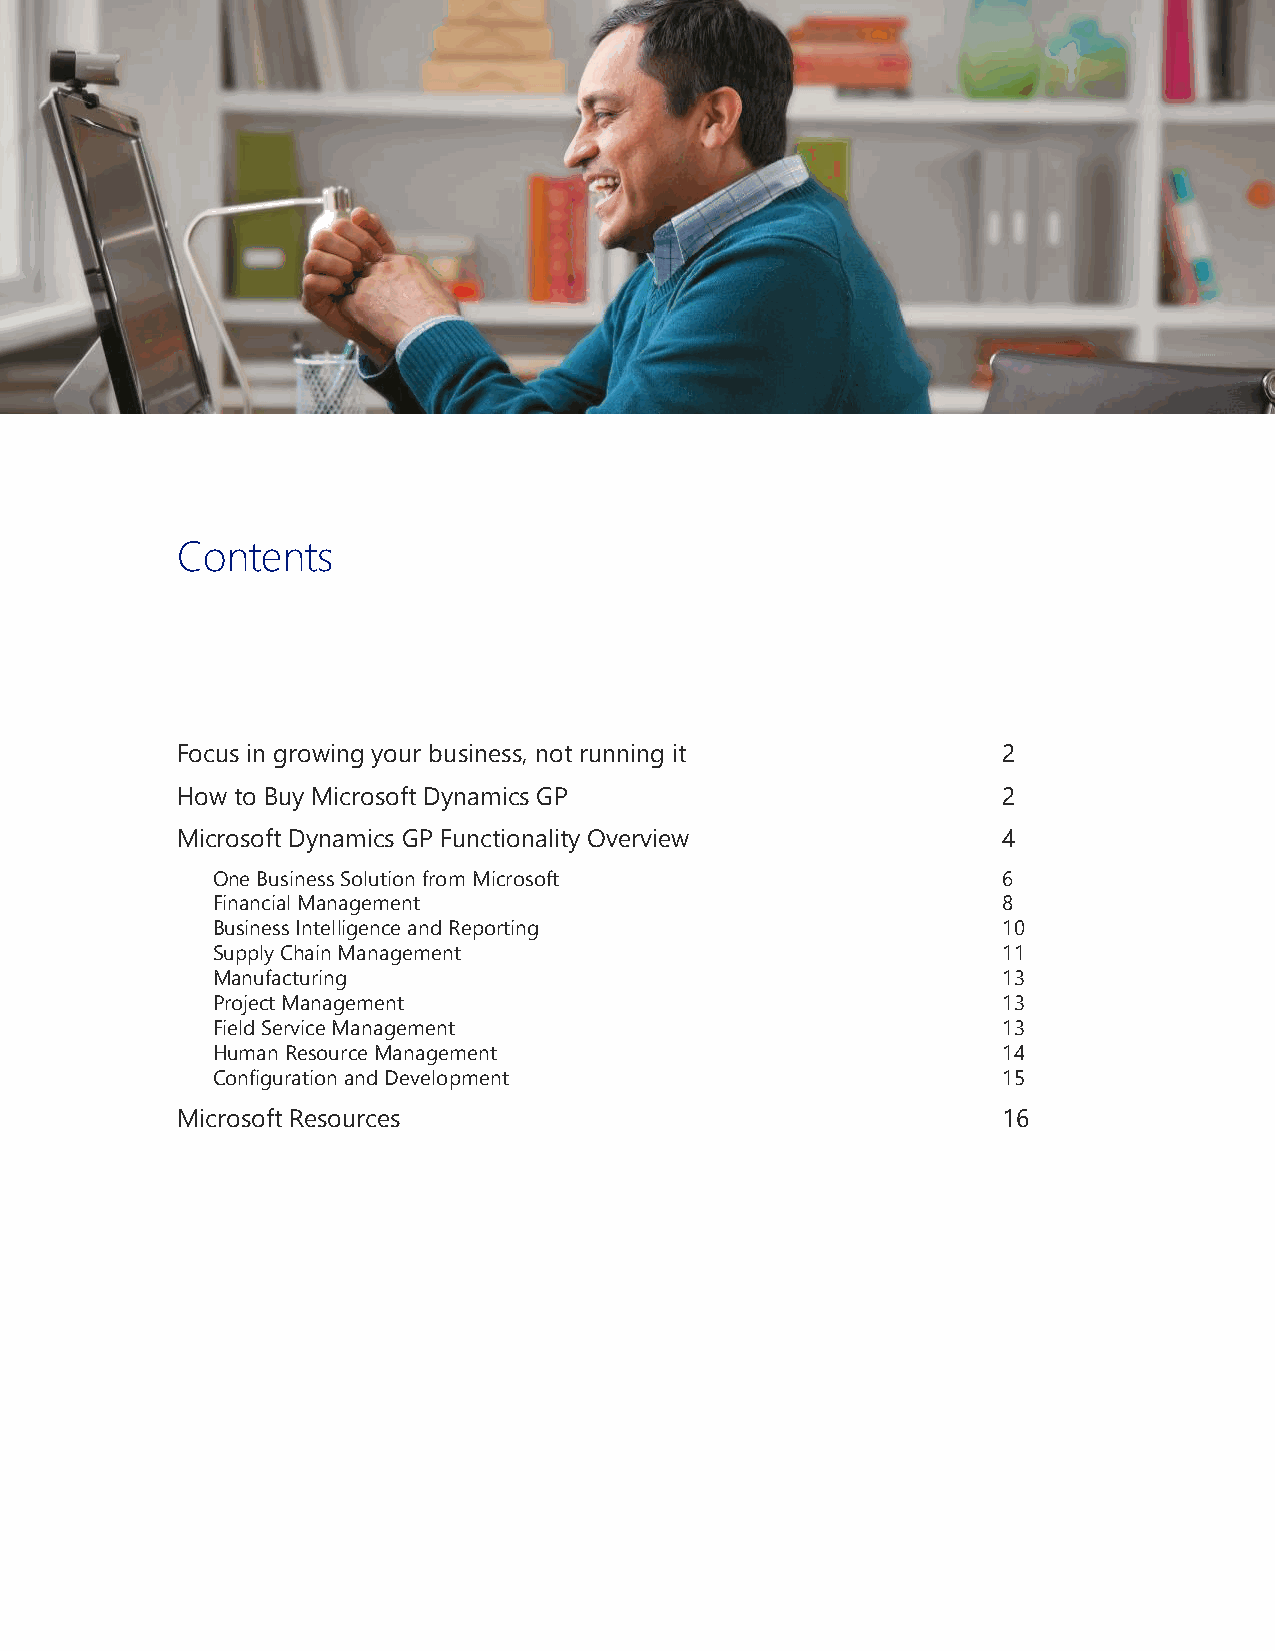
Contents
 Focus in growing your business, not running it        2
 How to Buy Microsoft Dynamics GP                      2
 Microsoft Dynamics GP Functionality Overview          4
 One Business Solution from Microsoft                6
 Financial Management                                8
 Business Intelligence and Reporting                 10
 Supply Chain Management                             11
 Manufacturing                                       13
 Project Management                                  13
 Field Service Management                            13
 Human Resource Management                           14
 Configuration and Development                       15
 Microsoft Resources                                   16